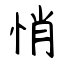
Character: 悄